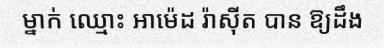
ម្នាក់ ឈ្មោះ អាម៉េដ រ៉ាស៊ីត បាន ឱ្យដឹង